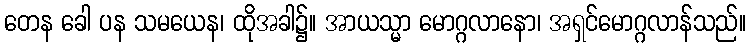
တေန ခေါ ပန သမယေန၊ ထိုအခါ၌။ အာယသ္မာ မောဂ္ဂလာနော၊ အရှင်မောဂ္ဂလာန်သည်။